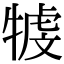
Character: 𤚳